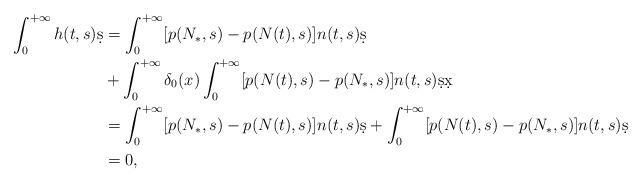
LaTeX: \begin{align*} \int_{0}^{+\infty}h(t,s)\d s &= \int_{0}^{+\infty} [p(N_*,s) - p(N(t),s)]n(t,s) \d s \\&+ \int_{0}^{+\infty} \delta_{0}(x) \int_{0}^{+\infty} [p(N(t),s)-p(N_*,s)] n(t,s)\d s \d x \\ &= \int_{0}^{+\infty} [p(N_*,s) - p(N(t),s)]n(t,s) \d s + \int_{0}^{+\infty} [p(N(t),s)-p(N_*,s)] n(t,s)\d s \\&= 0, \end{align*}